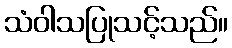
သံဝါသပြုသင့်သည်။